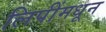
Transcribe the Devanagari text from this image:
लिपींमधून